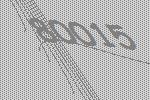
80015